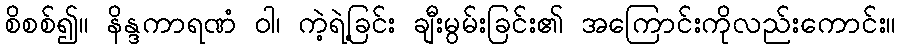
စိစစ်၍။ နိန္ဒကာရဏံ ဝါ၊ ကဲ့ရဲ့ခြင်း ချီးမွမ်းခြင်း၏ အကြောင်းကိုလည်းကောင်း။